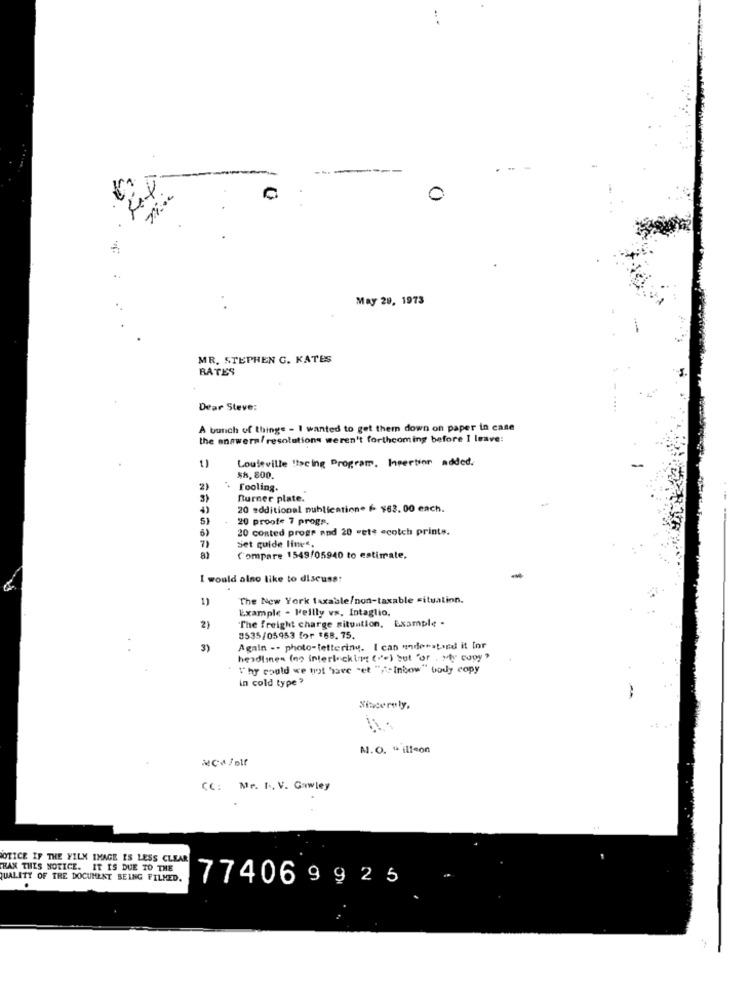
0
May 29, 1973
MR. STEPHEN C. KATES
RATES
Dear Steve:
A bunch of thinge - I wanted to get them down on paper in case
the answera/ resolutions weren't forthcoming before I leave:
Louteville !facing Program. Insertion added.
1)
$8, 800.
2)
fooling.
3)
Burner plate.
20 additional publication* / $63. 00 each.
5)
20 proofe 7 progs.
20 conted progr and 20 -ete scotch printe.
6>
7)
set quide lines.
8)
Compare 1549/05940 to estimate.
I would also like to discuss:
1)
The New York taxable/non-taxable situation.
Example - Kellly vs. Intaglio,
"The freight charge situation, Example .
2)
3535/05953 for $68. 75
3)
Again -- photo-lettering. I can underaLied it for
headlines (no interlocking ("") but "or . Mty copy?
Thy could we not have "et ""- inbow" body copy
in cold type?
Sincerely,
M.O. " illeon
CC: Mr. I. V. Cowley
OTICE IF THE FILM IMAGE IS LESS CLEAR
BAX THIS NOTICE. IT IS DUE TO THE
QUALITY OF THE DOCUMENT BEING FILMED.
774069925